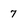
Character: 7